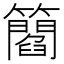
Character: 𥶿